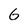
Character: G